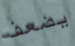
يضعف